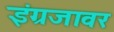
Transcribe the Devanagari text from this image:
इंग्रजावर